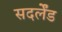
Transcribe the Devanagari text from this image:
सदर्लेंड